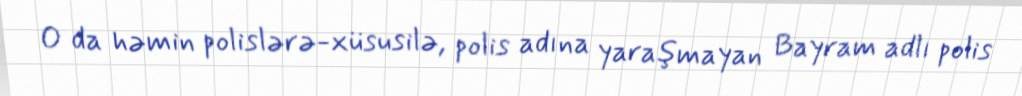
O da həmin polislərə-xüsusilə, polis adına yaraşmayan Bayram adlı polis